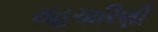
સહચારિણી